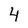
Character: 4